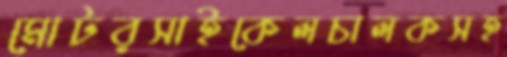
মোটরসাইকেলচালকসহ